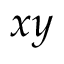
x y